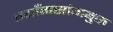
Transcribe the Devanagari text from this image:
ग्याँगसांगबुक